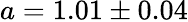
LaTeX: a=1.01\pm 0.04